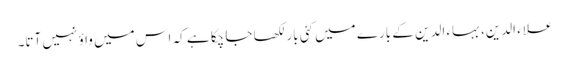
علاء الدین، بہاء الدین کے بارے میں کئی بار لکھا جا چکا ہے کہ اس میں واؤ نہیں آتا۔